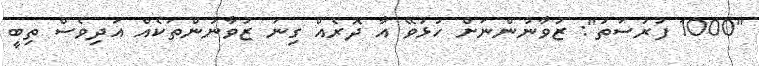
"1000 ފުރުސަތު": ޒުވާނުންނަށް ހުޅުވޭ އާ ދޮރެއް ގިނަ ޒުވާނުންތަކެއް އަދިވެސް ތިބީ